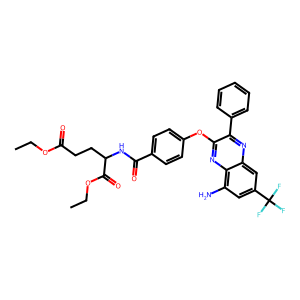
SMILES: CCOC(=O)CCC(NC(=O)c1ccc(Oc2nc3c(N)cc(C(F)(F)F)cc3nc2-c2ccccc2)cc1)C(=O)OCC
Inhibits HIV replication: No